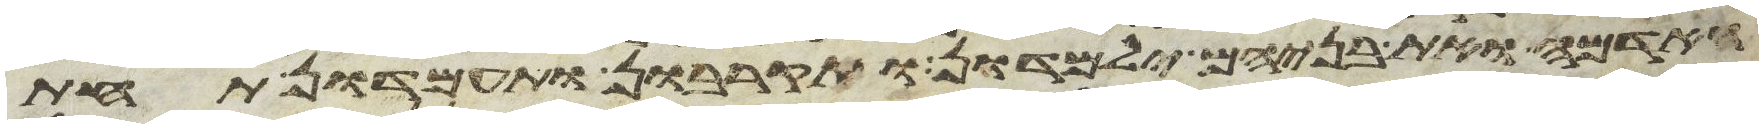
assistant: האדמה ואת בניהם ילמדון ותקרבון ותעמדון תחת